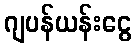
ဂျပန်ယန်းငွေ